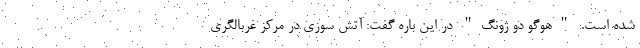
شده است. "هوگو دو ژونگ" در این باره گفت: آتش سوزی در مرکز غربالگری